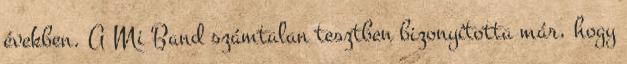
években. A Mi Band számtalan tesztben bizonyította már, hogy